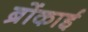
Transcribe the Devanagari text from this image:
ब्रोंकाई